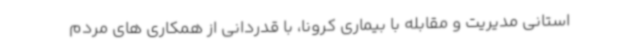
استانی مدیریت و مقابله با بیماری کرونا، با قدردانی از همکاری های مردم